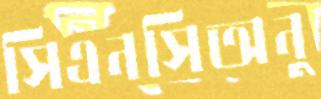
সিএনসিঅনু